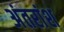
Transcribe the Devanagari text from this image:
अंतरांश